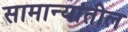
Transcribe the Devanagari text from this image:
सामान्यांतील